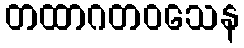
တထာဂတဝသေန